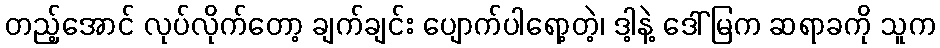
တည့်အောင် လုပ်လိုက်တော့ ချက်ချင်း ပျောက်ပါရော့တဲ့၊ ဒါ့နဲ့ ဒေါ်မြက ဆရာခကို သူက